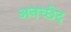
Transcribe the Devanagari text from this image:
अनच्छेद